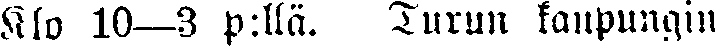
Klo 10—3 p:llä. Turun kaupungin